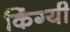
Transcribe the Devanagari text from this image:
किंग्यी